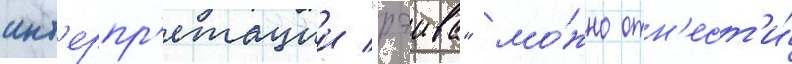
инт'ерпр'етации "рэива" мо́жно отн'ест'и́